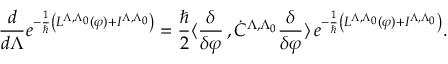
\frac { d } { d \Lambda } e ^ { - \frac { 1 } { \hbar } \left( L ^ { \Lambda , \Lambda _ { 0 } } ( \varphi ) + I ^ { \Lambda , \Lambda _ { 0 } } \right) } = \frac { \hbar } { 2 } \langle \frac { \delta } { \delta \varphi } \, , \dot { C } ^ { \Lambda , \Lambda _ { 0 } } \frac { \delta } { \delta \varphi } \rangle \, e ^ { - \frac { 1 } { \hbar } \left( L ^ { \Lambda , \Lambda _ { 0 } } ( \varphi ) + I ^ { \Lambda , \Lambda _ { 0 } } \right) } .